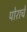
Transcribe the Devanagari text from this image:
पोराचे